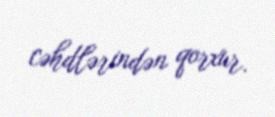
cəhdlərindən qorxur.